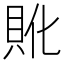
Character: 𲂨